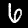
Digit: 6